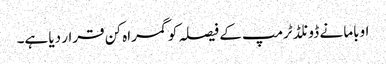
اوباما نے ڈونلڈ ٹرمپ کے فیصلہ کو گمراہ کن قرار دیا ہے۔